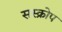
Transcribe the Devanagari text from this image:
सस्क्रोप